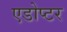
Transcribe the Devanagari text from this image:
एडोप्टर